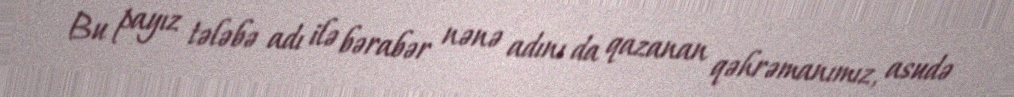
Bu payız tələbə adı ilə bərabər nənə adını da qazanan qəhrəmanımız, asudə